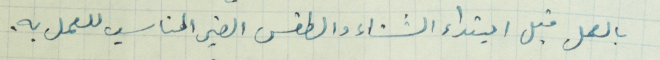
بالعمل قبل ابتداء الشتاء والطقس الغير المناسب للعمل به.